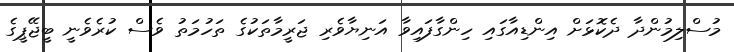
މުސްލިމުންދާ ދެކޮޅަށް އިންޑިއާގައި ހިންގާފައިވާ އަނިޔާވެރި ޖަރީމާތަކުގެ ތަހުމަތު ވެސް ކުރެވެނީ ބީޖޭޕީގެ